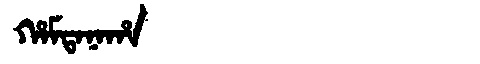
Manchu: ᡥᠠᠮᡨᠠᠨᠠᡥᠠ
Romanization: HAMTANAHA